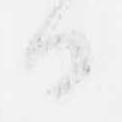
日